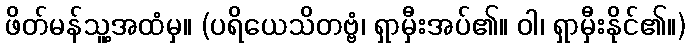
ဖိတ်မန်သူ့အထံမှ။ (ပရိယေသိတဗ္ဗံ၊ ရှာမှီးအပ်၏။ ဝါ၊ ရှာမှီးနိုင်၏။)